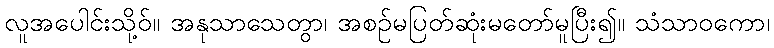
လူအပေါင်းသို့ဝ်။ အနုသာသေတွာ၊ အစဉ်မပြတ်ဆုံးမတော်မူပြီး၍။ သံသာဝကော၊